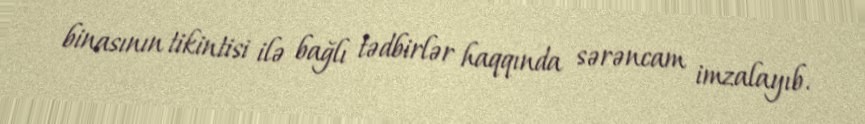
binasının tikintisi ilə bağlı tədbirlər haqqında sərəncam imzalayıb.